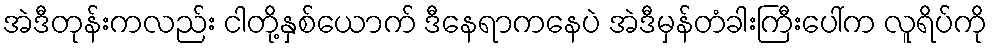
အဲဒီတုန်းကလည်း ငါတို့နှစ်ယောက် ဒီနေရာကနေပဲ အဲဒီမှန်တံခါးကြီးပေါ်က လူရိပ်ကို